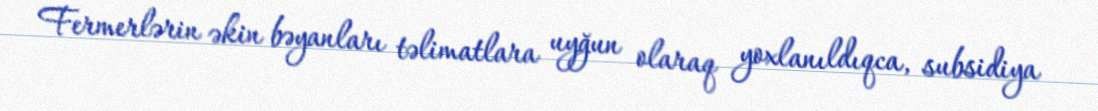
Fermerlərin əkin bəyanları təlimatlara uyğun olaraq yoxlanıldıqca, subsidiya